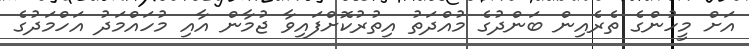
އަށް މީހުންގެ ތެރެއިން ބަންދުގެ މުއްދަތު އިތުރުކޮށްފައިވާ ޖުމާން އާއި މުހައްމަދު އަހްމަދުގެ